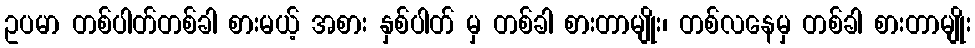
ဥပမာ တစ်ပါတ်တစ်ခါ စားမယ့် အစား နှစ်ပါတ် မှ တစ်ခါ စားတာမျိုး၊ တစ်လနေမှ တစ်ခါ စားတာမျိုး